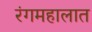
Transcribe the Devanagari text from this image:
रंगमहालात